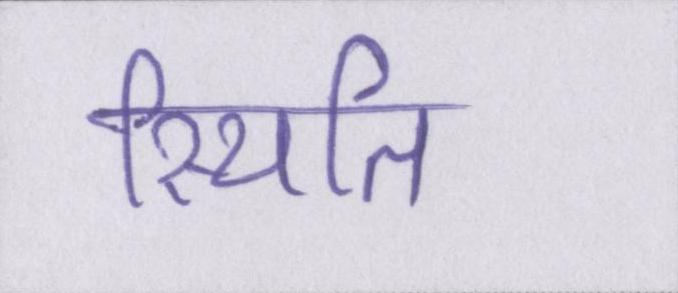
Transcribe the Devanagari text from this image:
स्थिति